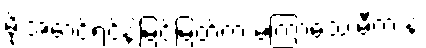
မိုးအောင်ရင်နဲ့ဲမြင့်မြတ်က မကြာသေးမီက နဲ့